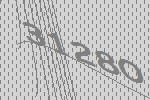
31280